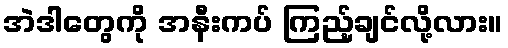
အဲဒါတွေကို အနီးကပ် ကြည့်ချင်လို့လား။